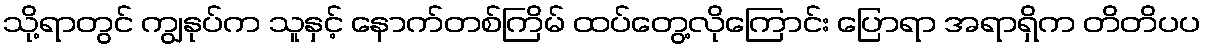
သို့ရာတွင် ကျွနုပ်က သူနှင့် နောက်တစ်ကြိမ် ထပ်တွေ့လိုကြောင်း ပြောရာ အရာရှိက တိတိပပ